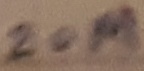
Text: 20M